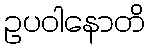
ဥပဝါနောတိ